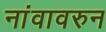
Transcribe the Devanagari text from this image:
नांवावरुन